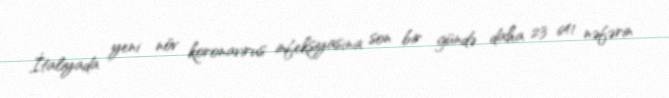
İtaliyada yeni növ koronavirus infeksiyasına son bir gündə daha 23 641 nəfərin